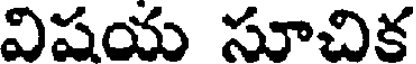
విషయ సూచిక